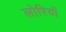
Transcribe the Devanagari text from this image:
लोरियों